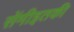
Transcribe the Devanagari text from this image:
सेंमीइतकी